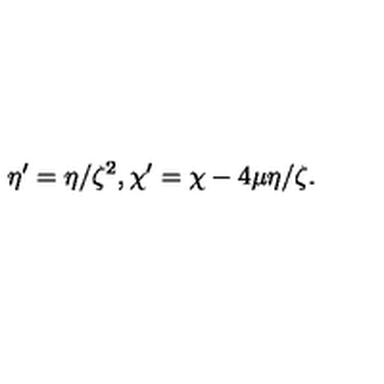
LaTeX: \eta ^ { \prime } = \eta / \zeta ^ { 2 } , \chi ^ { \prime } = \chi - 4 \mu \eta / \zeta .